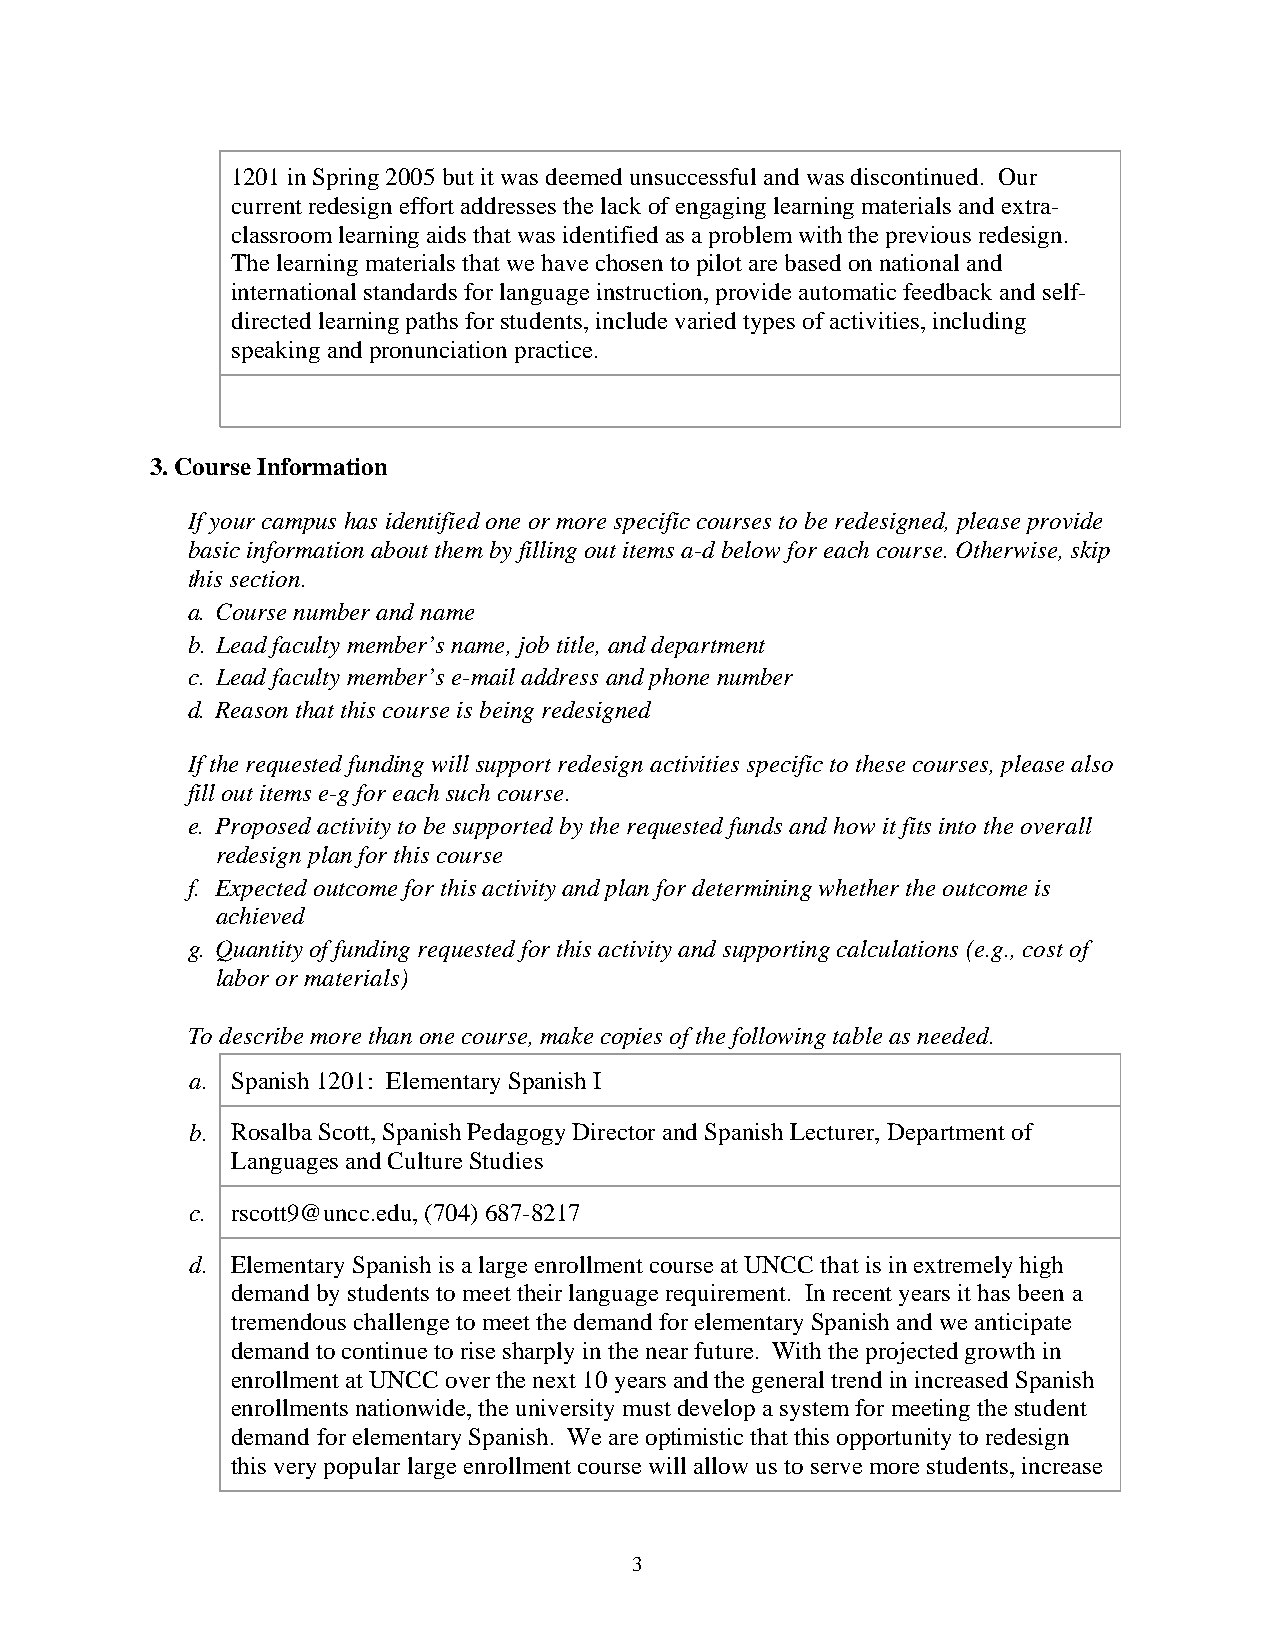
1201 in Spring 2005 but it was deemed unsuccessful and was discontinued. Our
 current redesign effort addresses the lack of engaging learning materials and extra-
 classroom learning aids that was identified as a problem with the previous redesign.
 The learning materials that we have chosen to pilot are based on national and
 international standards for language instruction, provide automatic feedback and self-
 directed learning paths for students, include varied types of activities, including
 speaking and pronunciation practice.
 3. Course Information
 If your campus has identified one or more specific courses to be redesigned, please provide
 basic information about them by filling out items a-d below for each course. Otherwise, skip
 this section.
 a. Course number and name
 b. Lead faculty member’s name, job title, and department
 c. Lead faculty member’s e-mail address and phone number
 d. Reason that this course is being redesigned
 If the requested funding will support redesign activities specific to these courses, please also
 fill out items e-g for each such course.
 e. Proposed activity to be supported by the requested funds and how it fits into the overall
 redesign plan for this course
 f. Expected outcome for this activity and plan for determining whether the outcome is
 achieved
 g. Quantity of funding requested for this activity and supporting calculations (e.g., cost of
 labor or materials)
 To describe more than one course, make copies of the following table as needed.
 a. Spanish 1201: Elementary Spanish I
 b. Rosalba Scott, Spanish Pedagogy Director and Spanish Lecturer, Department of
 Languages and Culture Studies
 c. rscott9@uncc.edu, (704) 687-8217
 d. Elementary Spanish is a large enrollment course at UNCC that is in extremely high
 demand by students to meet their language requirement. In recent years it has been a
 tremendous challenge to meet the demand for elementary Spanish and we anticipate
 demand to continue to rise sharply in the near future. With the projected growth in
 enrollment at UNCC over the next 10 years and the general trend in increased Spanish
 enrollments nationwide, the university must develop a system for meeting the student
 demand for elementary Spanish. We are optimistic that this opportunity to redesign
 this very popular large enrollment course will allow us to serve more students, increase
 3